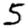
Digit: 5